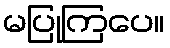
မပြုကြပေ။